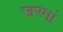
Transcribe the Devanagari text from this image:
जरमां